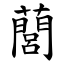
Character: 䕡